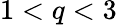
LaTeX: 1<q<3